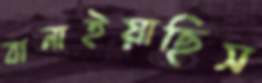
বানাইয়াছিস